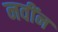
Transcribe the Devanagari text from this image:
नवींन